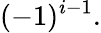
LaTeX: (-1)^{i-1}.